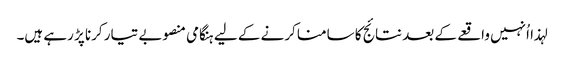
لہذا اُنہیں واقعے کے بعد نتائج کا سامنا کرنے کے لیے ہنگامی منصوبے تیار کرنا پڑ رہے ہیں۔